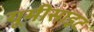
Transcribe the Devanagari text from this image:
यूमीसाइट